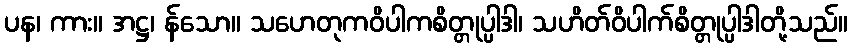
ပန၊ ကား။ အဋ္ဌ၊ န်သော။ သဟေတုကဝိပါကစိတ္တုပ္ပါဒါ၊ သဟိတ်ဝိပါက်စိတ္တုပ္ပါဒါတို့သည်။